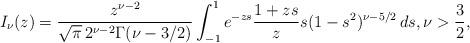
LaTeX: \begin{align*}I_{\nu}(z)=\frac{z^{\nu-2}}{\sqrt{\pi}\,2^{\nu-2}\Gamma(\nu-3/2)}\int_{-1}^1e^{-zs} \frac{1+zs}{z}s(1-s^2)^{\nu-5/2}\,ds, \nu>\frac32,\end{align*}